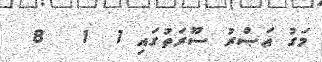
މަގު ޢަޞްރު ސޫރަތުގައި 1  1   8